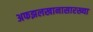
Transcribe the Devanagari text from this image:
अफझलखानासारख्या